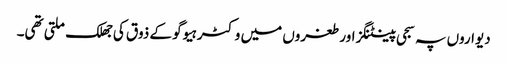
دیواروں پہ سجی پینٹنگز اور طغروں میں وکٹر ہیوگو کے ذوق کی جھلک ملتی تھی۔